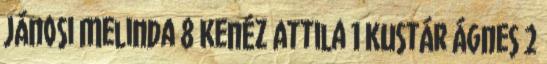
Jánosi Melinda 8 Kenéz Attila 1 Kustár Ágnes 2